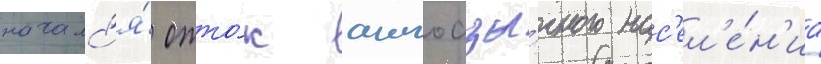
началс'я́ отто́к англоазы́чного нас'ел'е́н'иа